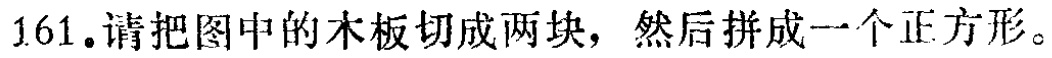
1.61.请把图中的木板切成两块，然后拼成一个正方形。